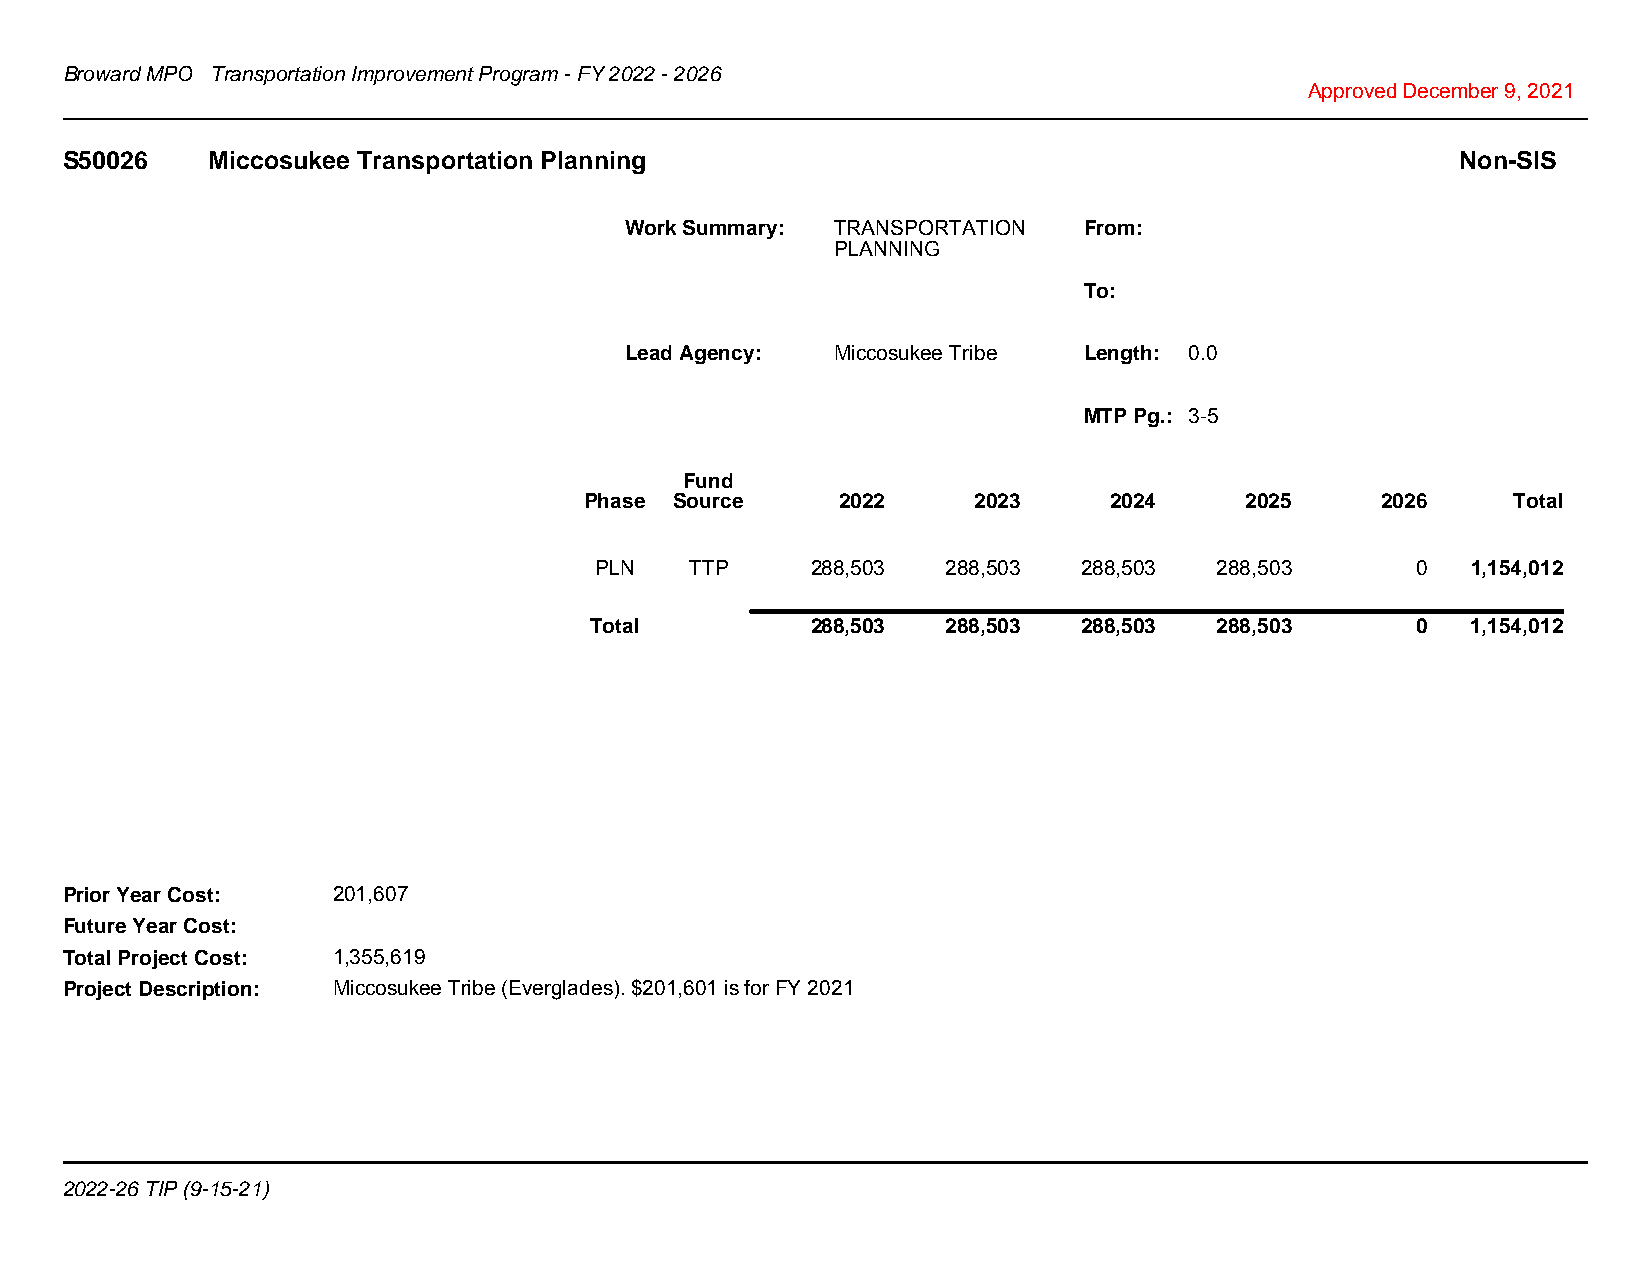
Broward MPO Transportation Improvement Program - FY 2022 - 2026
 Approved December 9, 2021
 S50026    Miccosukee Transportation Planning                                                 Non-SIS
 Work Summary: TRANSPORTATION   From:
 PLANNING
 To:
 Lead Agency:  Miccosukee Tribe Length: 0.0
 MTP Pg.: 3-5
 Fund
 Phase Source     2022     2023    2024     2025     2026     Total
 PLN    TTP     288,503  288,503  288,503  288,503      0  1,154,012
 Total          288,503  288,503  288,503  288,503      0  1,154,012
 Prior Year Cost:  201,607
 Future Year Cost:
 Total Project Cost: 1,355,619
 Project Description: Miccosukee Tribe (Everglades). $201,601 is for FY 2021
 2022-26 TIP (9-15-21)